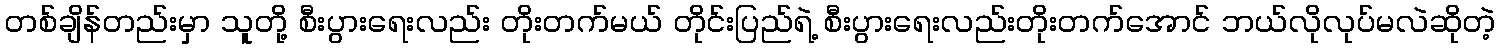
တစ်ချိန်တည်းမှာ သူတို့ စီးပွားရေးလည်း တိုးတက်မယ် တိုင်းပြည်ရဲ့ စီးပွားရေးလည်းတိုးတက်အောင် ဘယ်လိုလုပ်မလဲဆိုတဲ့